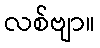
လစ်ဗျာ။